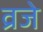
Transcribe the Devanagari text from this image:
व्रजे